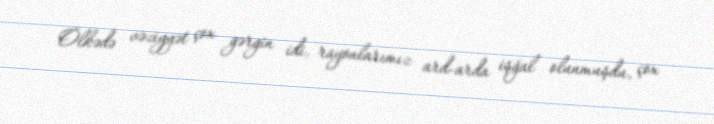
Ölkədə vəziyyət çox gərgin idi, rayonlarımız ard-arda işğal olunmuşdu, çox